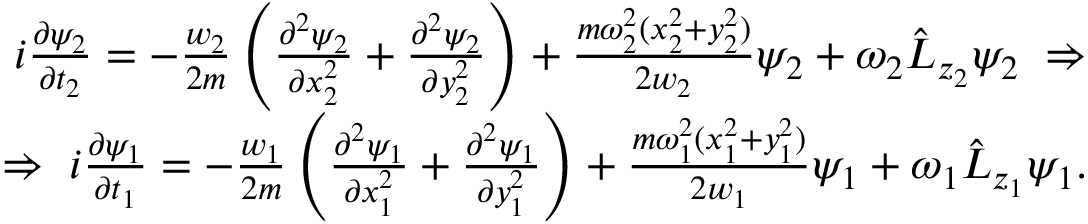
\begin{array} { r } { i \frac { \partial \psi _ { 2 } } { \partial t _ { 2 } } = - \frac { w _ { 2 } } { 2 m } \left( \frac { \partial ^ { 2 } \psi _ { 2 } } { \partial x _ { 2 } ^ { 2 } } + \frac { \partial ^ { 2 } \psi _ { 2 } } { \partial y _ { 2 } ^ { 2 } } \right) + \frac { m \omega _ { 2 } ^ { 2 } ( x _ { 2 } ^ { 2 } + y _ { 2 } ^ { 2 } ) } { 2 w _ { 2 } } \psi _ { 2 } + \omega _ { 2 } \hat { L } _ { z _ { 2 } } \psi _ { 2 } \; \Rightarrow } \\ { \Rightarrow \; i \frac { \partial \psi _ { 1 } } { \partial t _ { 1 } } = - \frac { w _ { 1 } } { 2 m } \left( \frac { \partial ^ { 2 } \psi _ { 1 } } { \partial x _ { 1 } ^ { 2 } } + \frac { \partial ^ { 2 } \psi _ { 1 } } { \partial y _ { 1 } ^ { 2 } } \right) + \frac { m \omega _ { 1 } ^ { 2 } ( x _ { 1 } ^ { 2 } + y _ { 1 } ^ { 2 } ) } { 2 w _ { 1 } } \psi _ { 1 } + \omega _ { 1 } \hat { L } _ { z _ { 1 } } \psi _ { 1 } . } \end{array}